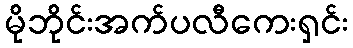
မိုဘိုင်းအက်ပလီကေးရှင်း